Investigations on Bengal jail dietaries - Number 37
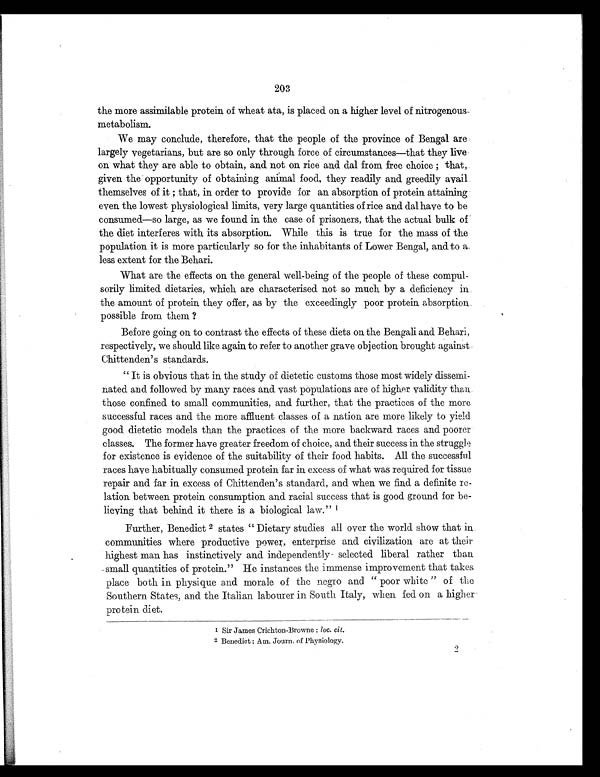
203
the more assimilable protein of wheat ata, is placed on a higher level of
nitrogenous metabolism.
We may conclude, therefore, that the people of the province of Bengal are
largely vegetarians, but are so only through force of circumstances—that they live
on what they are able to obtain, and not on rice and dal from free choice; that,
given the opportunity of obtaining animal food, they readily and greedily avail
themselves of it; that, in order to provide for an absorption of protein attaining
even the lowest physiological limits, very large quantities of rice and dal have to be
consumed—so large, as we found in the case of prisoners, that the actual bulk of
the diet interferes with its absorption. While this is true for the mass of the
population it is more particularly so for the inhabitants of Lower Bengal, and to a
less extent for the Behari.
What are the effects on the general well-being of the people of these compul-
sorily limited dietaries, which are characterised not so much by a deficiency in
the amount of protein they offer, as by the exceedingly poor protein absorption
possible from them ?
Before going on to contrast the effects of these diets on the Bengali and Behari,
respectively, we should like again to refer to another grave objection brought against
Chittenden's standards.
"It is obvious that in the study of dietetic customs those most widely dissemi-
nated and followed by many races and vast populations are of higher validity than
those confined to small communities, and further, that the practices of the more
successful races and the more affluent classes of a nation are more likely to yield
good dietetic models than the practices of the more backward races and poorer
classes. The former have greater freedom of choice, and their success in the struggle
for existence is evidence of the suitability of their food habits. All the successful
races have habitually consumed protein far in excess of what was required for tissue
repair and far in excess of Chittenden's standard, and when we find a definite re-
lation between protein consumption and racial success that is good ground for be-
lieving that behind it there is a biological law." 1
Further, Benedict 2 states "Dietary studies all over the world show that in
communities where productive power, enterprise and civilization are at their
highest man has instinctively and independently selected liberal rather than
small quantities of protein." He instances the immense improvement that takes
place both in physique and morale of the negro and "poor white" of the
Southern States, and the Italian labourer in South Italy, when fed on a higher
protein diet.
1 Sir James Crichton-Browne : loc. cil.
2 Benedict : Am. Journ. of Physiology.